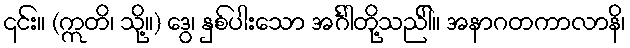
၎င်း။ (ဣတိ၊ သို့။) ဒွေ၊ နှစ်ပါးသော အင်္ဂါတို့သည်ါ။ အနာဂတကာလာနိ၊